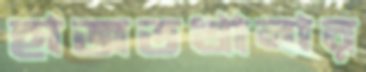
হাজতখানার